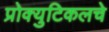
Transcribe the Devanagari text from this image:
प्रोक्युटिकलचे